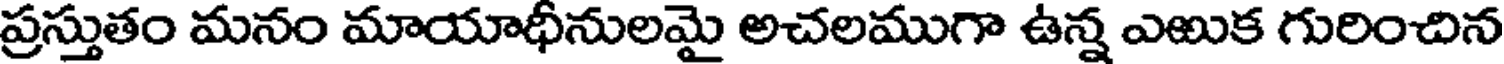
ప్రస్తుతం మనం మాయాధీనులమై అచలముగా ఉన్న ఎఱుక గురించిన